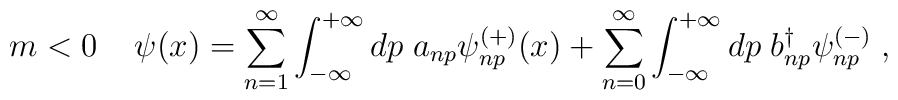
m<0 \; \;\;\;\psi(x)= \sum^{\infty}_{n=1} \int^{+\infty}_{-\infty} d p \; a_{np} \psi^{(+)}_{np} (x) + \sum^{\infty}_{n=0} \int^{+\infty}_{-\infty} d p \; b^{\dag}_{np} \psi^{(-)}_{np} \; ,